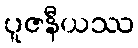
ပူဇနီယဿ